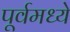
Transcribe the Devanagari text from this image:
पूर्वमध्ये